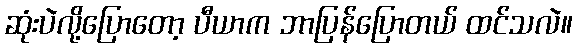
ဆုံးပဲလို့ပြောတော့ ပီယာက ဘာပြန်ပြောတယ် ထင်သလဲ။